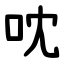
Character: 㕪